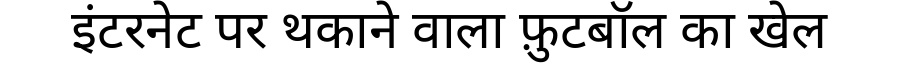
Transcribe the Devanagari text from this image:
इंटरनेट पर थकाने वाला फ़ुटबॉल का खेल